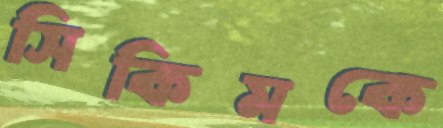
সিকিমকে